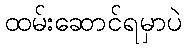
ထမ်းဆောင်ရမှာပဲ